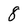
Character: 8